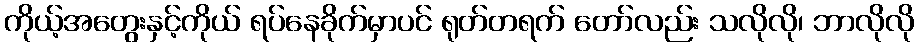
ကိုယ့်အတွေးနှင့်ကိုယ် ရပ်နေခိုက်မှာပင် ရုတ်တရက် တော်လည်း သလိုလို၊ ဘာလိုလို